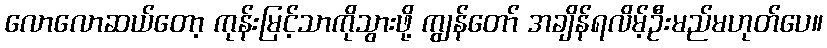
လောလောဆယ်တော့ ကုန်းမြင့်သာကိုသွားဖို့ ကျွန်တော် အချိန်ရလိမ့်ဦးမည်မဟုတ်ပေ။